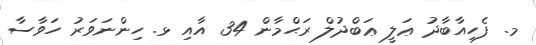
މ. ފެހިއާބާދު ޢަލީ ޢަބްދުލް ރަޙްމާން 34 އާއި ޅ. ހިންނަވަރު ހަވާސާ